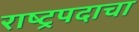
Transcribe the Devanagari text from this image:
राष्ट्रपदाचा